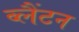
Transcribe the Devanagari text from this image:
ब्लैंटन